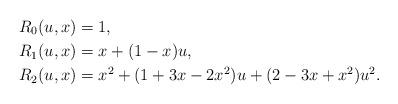
LaTeX: \begin{align*}R_0(u,x)&=1,\\R_1(u,x)&=x+(1-x)u,\\R_2(u,x)&=x^2+(1+3x-2x^2)u+(2-3x+x^2)u^2.\end{align*}